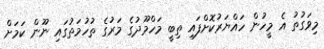
މިވަގުތު އެ މީހުން ހައްޔަރުކޮށްފައި ތިބީ މަހްމޫދުގެ މަރުގެ ތުހުމަތުގައި ނޫން ކަމަށް